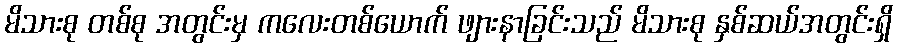
မိသားစု တစ်စု အတွင်းမှ ကလေးတစ်ယောက် ဖျားနာခြင်းသည် မိသားစု နှစ်ဆယ်အတွင်းရှိ